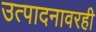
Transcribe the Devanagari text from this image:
उत्पादनावरही